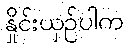
နှိုင်းယှဉ်ပါက